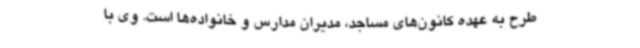
طرح به عهده کانون‌های مساجد، مدیران مدارس و خانواده‌ها است. وی با